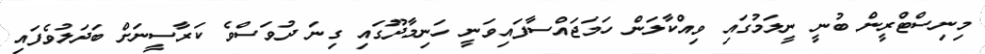
މިނިސްޓްރީން ބުނީ ނީލަމުގައި ވިއްކާލަން ހަމަޖައްސާފައިވަނީ ހަނިމާދޫގައި ގިނަ ދުވަސްވެ ކަރާސީނަށް ބަދަލުވެފައި